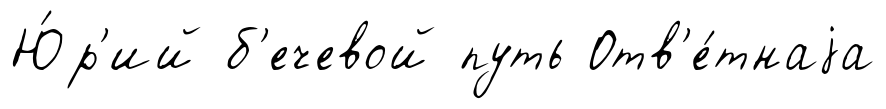
Ю́р'ий б'ечевой путь Отв'е́тнаjа